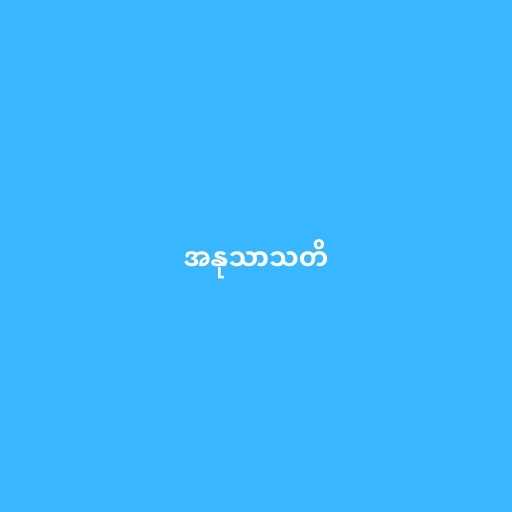
အနုသာသတိ